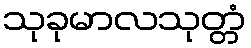
သုခုမာလသုတ္တံ